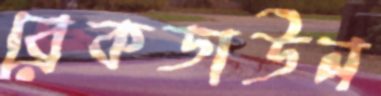
ব্রেকডাউন